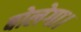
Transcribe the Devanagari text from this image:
बोलेगा।